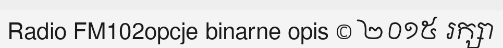
Radio FM102opcje binarne opis © ២០១៥ រក្សា